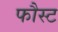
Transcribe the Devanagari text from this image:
फौस्ट